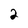
Character: 2